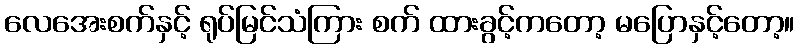
လေအေးစက်နှင့် ရုပ်မြင်သံကြား စက် ထားခွင့်ကတော့ မပြောနှင့်တော့။